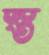
স্ত